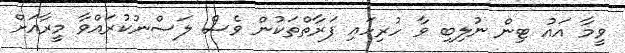
ވީމާ އައު ޓިން ނުލިބި ވާ ހުރިހައި ފަރާތްތަކުން ވެސް ލަސްނުކުރައްވާ މީރާއަށް